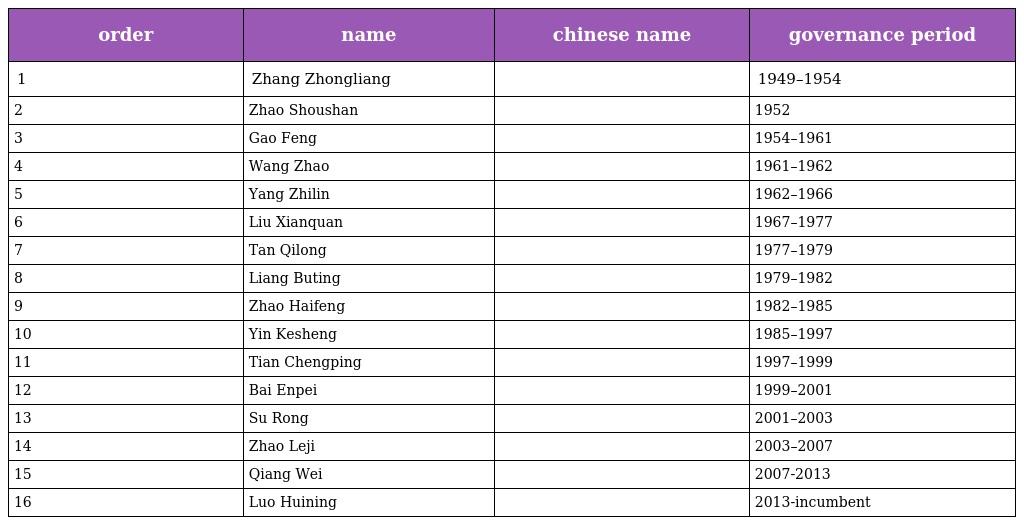
| order | name | chinese name | governance period |
 | --- | --- | --- | --- |
 | 1 | Zhang Zhongliang | 张仲良 | 1949–1954 |
 | 2 | Zhao Shoushan | 赵寿山 | 1952 |
 | 3 | Gao Feng | 高峰 | 1954–1961 |
 | 4 | Wang Zhao | 王昭 | 1961–1962 |
 | 5 | Yang Zhilin | 杨植霖 | 1962–1966 |
 | 6 | Liu Xianquan | 刘贤权 | 1967–1977 |
 | 7 | Tan Qilong | 谭启龙 | 1977–1979 |
 | 8 | Liang Buting | 梁步庭 | 1979–1982 |
 | 9 | Zhao Haifeng | 赵海峰 | 1982–1985 |
 | 10 | Yin Kesheng | 尹克升 | 1985–1997 |
 | 11 | Tian Chengping | 田成平 | 1997–1999 |
 | 12 | Bai Enpei | 白恩培 | 1999–2001 |
 | 13 | Su Rong | 苏荣 | 2001–2003 |
 | 14 | Zhao Leji | 赵乐际 | 2003–2007 |
 | 15 | Qiang Wei | 强卫 | 2007-2013 |
 | 16 | Luo Huining | 骆惠宁 | 2013-incumbent |